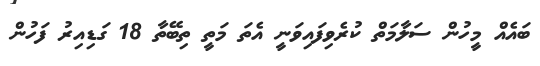
ބައެއް މީހުން ސަލާމަތް ކުރެވިފައިވަނީ އެތަ މަތީ ތިބޭތާ 18 ގަޑިއިރު ފަހުން